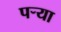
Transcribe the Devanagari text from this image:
पऱ्या